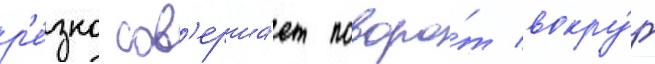
р'е́зко сов'ерша́ет поворо́т вокру́г